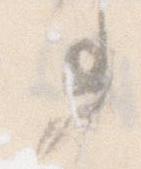
事